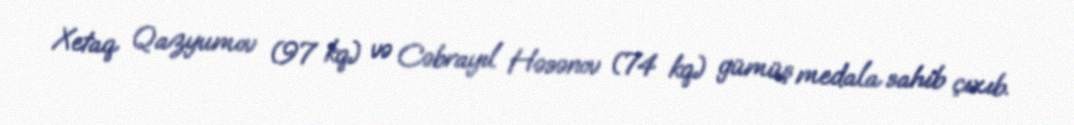
Xetaq Qazyumov (97 kq) və Cəbrayıl Həsənov (74 kq) gümüş medala sahib çıxıb.